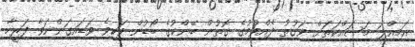
އަމިއްލަ މަސައްކަތަށް ވަގުތު ދެއްވުމުގެ ގޮތުން ބޭންކުގެ ބޯޑުން ވަކިވެ ވަޑައިގަންނަވާ ފަރީހާ